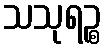
သသုရဉ္စ